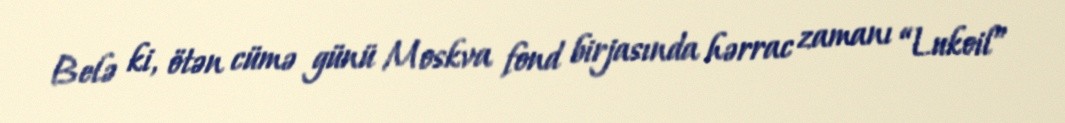
Belə ki, ötən cümə günü Moskva fond birjasında hərrac zamanı “Lukoil”